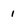
Character: 1